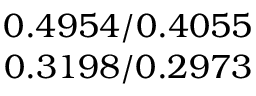
\begin{array} { c } { 0 . 4 9 5 4 / 0 . 4 0 5 5 } \\ { 0 . 3 1 9 8 / 0 . 2 9 7 3 } \end{array}